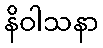
နိဝါသနာ